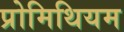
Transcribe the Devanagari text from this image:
प्रोमिथियम